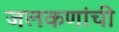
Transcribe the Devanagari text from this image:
जलकणांची